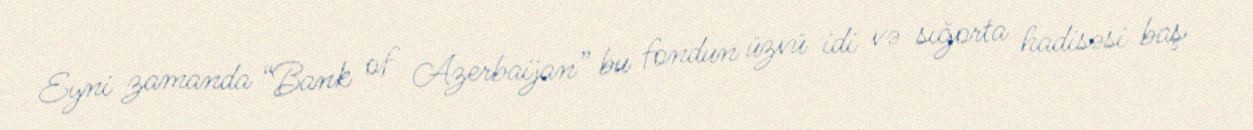
Eyni zamanda “Bank of Azerbaijan” bu fondun üzvü idi və sığorta hadisəsi baş